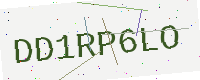
Text: DD1RP6LO